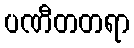
ပဏီတတရာ